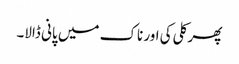
پھر کلی کی اور ناک میں پانی ڈالا۔